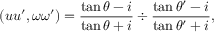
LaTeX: ( u u ^ { \prime } , \omega \omega ^ { \prime } ) = { \frac { \tan \theta - i } { \tan \theta + i } } \div { \frac { \tan \theta ^ { \prime } - i } { \tan \theta ^ { \prime } + i } } ,